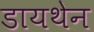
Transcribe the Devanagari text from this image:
डायथेन